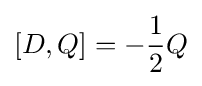
[D,Q]=-{\frac {1}{2}}Q